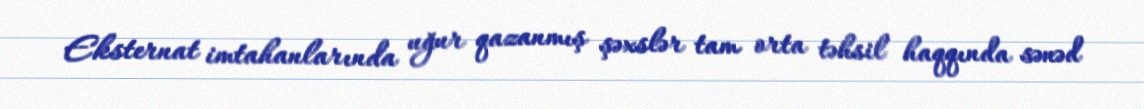
Eksternat imtahanlarında uğur qazanmış şəxslər tam orta təhsil haqqında sənəd